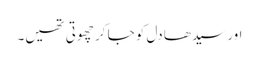
اور سیدھا دل کو جا کر چھوتی تھیں۔